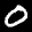
Label: 0